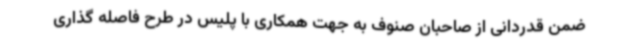
ضمن قدردانی از صاحبان صنوف به جهت همکاری با پلیس در طرح فاصله گذاری